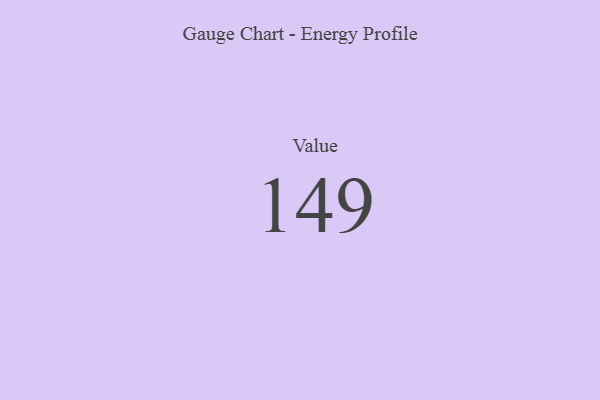
{"axis": {"x": "Metric", "y": "Value"}, "legend": [""], "data": [{"x": "Value", "y": 149, "type": ""}]}